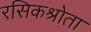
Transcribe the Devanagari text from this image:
रसिकश्रोता